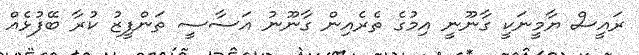
ރައީސް ޔާމީނަކީ ގާނޫނީ އިމުގެ ތެރެއިން ގާނޫނު އަސާސީ ތަންފީޒު ކުރާ ބޭފުޅެއް